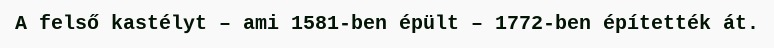
A felső kastélyt – ami 1581-ben épült – 1772-ben építették át.